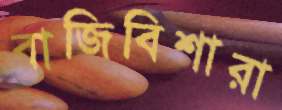
বাজিবিশারা